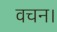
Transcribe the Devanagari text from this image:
वचन।